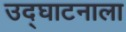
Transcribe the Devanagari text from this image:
उद्‌घाटनाला